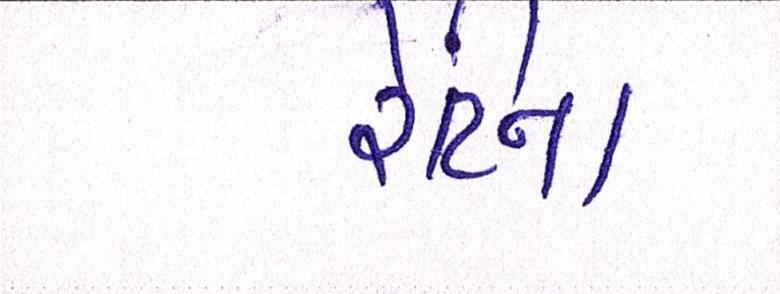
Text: રેટિના